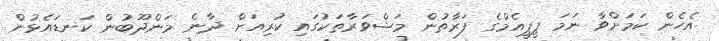
އެހެން ކަމަށްވާ ނަމަ ޕީޕީއެމްގެ ފަރާތުން މަޝްވަރާތަކުގައި ކުރިއަށް ދާނެ މަންދޫބުން ކަނޑައެޅުން